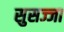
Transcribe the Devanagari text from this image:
सुसज्जा